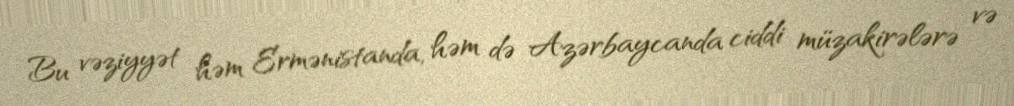
Bu vəziyyət həm Ermənistanda, həm də Azərbaycanda ciddi müzakirələrə və